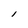
Character: l